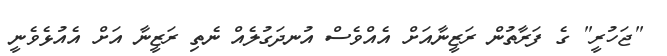
"ޖަހުރީ" ގެ ފަރާތުން ރަޒީނާއަށް އެއްވެސް އުނދަގުލެއް ނެތި ރަޒީނާ އަށް އެއުޅެވެނީ